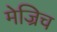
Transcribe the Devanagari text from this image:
मेज्रिच